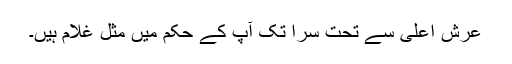
عرش اعلیٰ سے تحت سرا تک آپ کے حکم میں مثل غلام ہیں۔